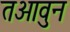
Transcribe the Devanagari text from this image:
तआवुन